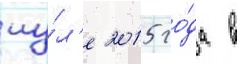
иу́л'е 2015 го́да в